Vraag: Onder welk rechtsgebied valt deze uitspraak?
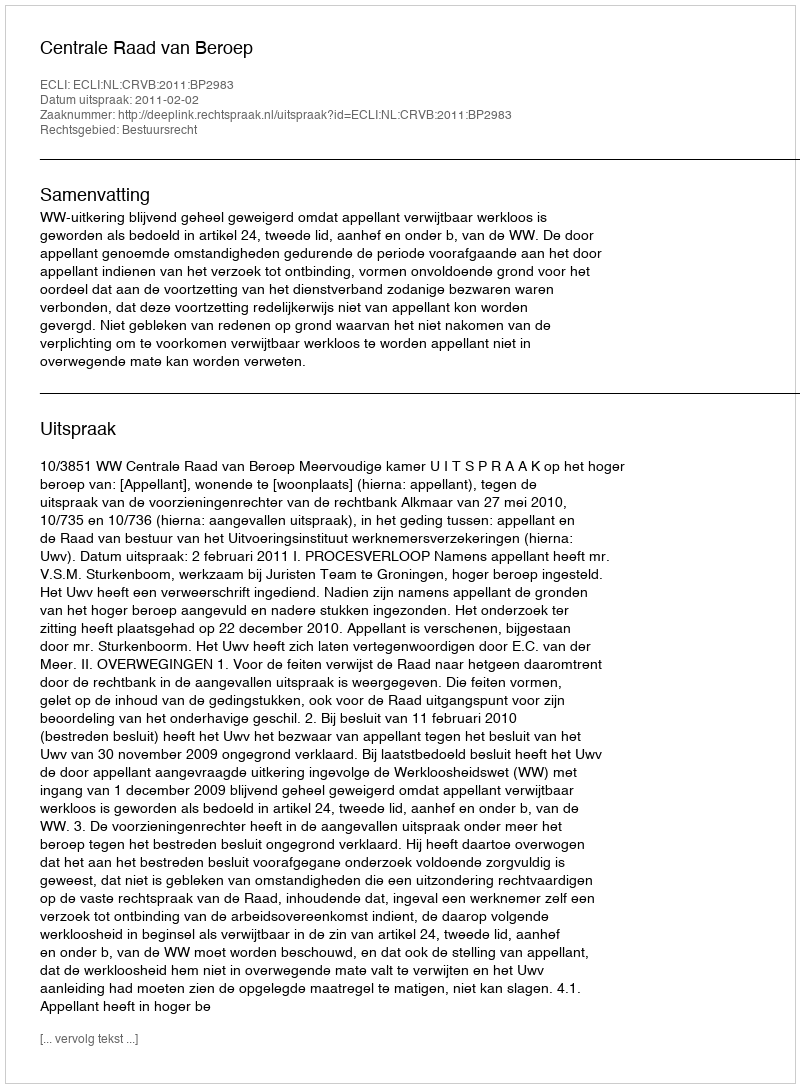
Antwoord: Bestuursrecht